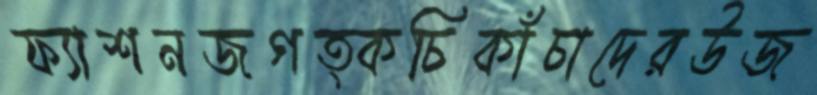
ফ্যাশনজগত্কচিকাঁচাদেরউজ